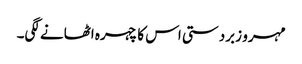
مہرو زبردستی اس کا چہرہ اٹھانے لگی۔